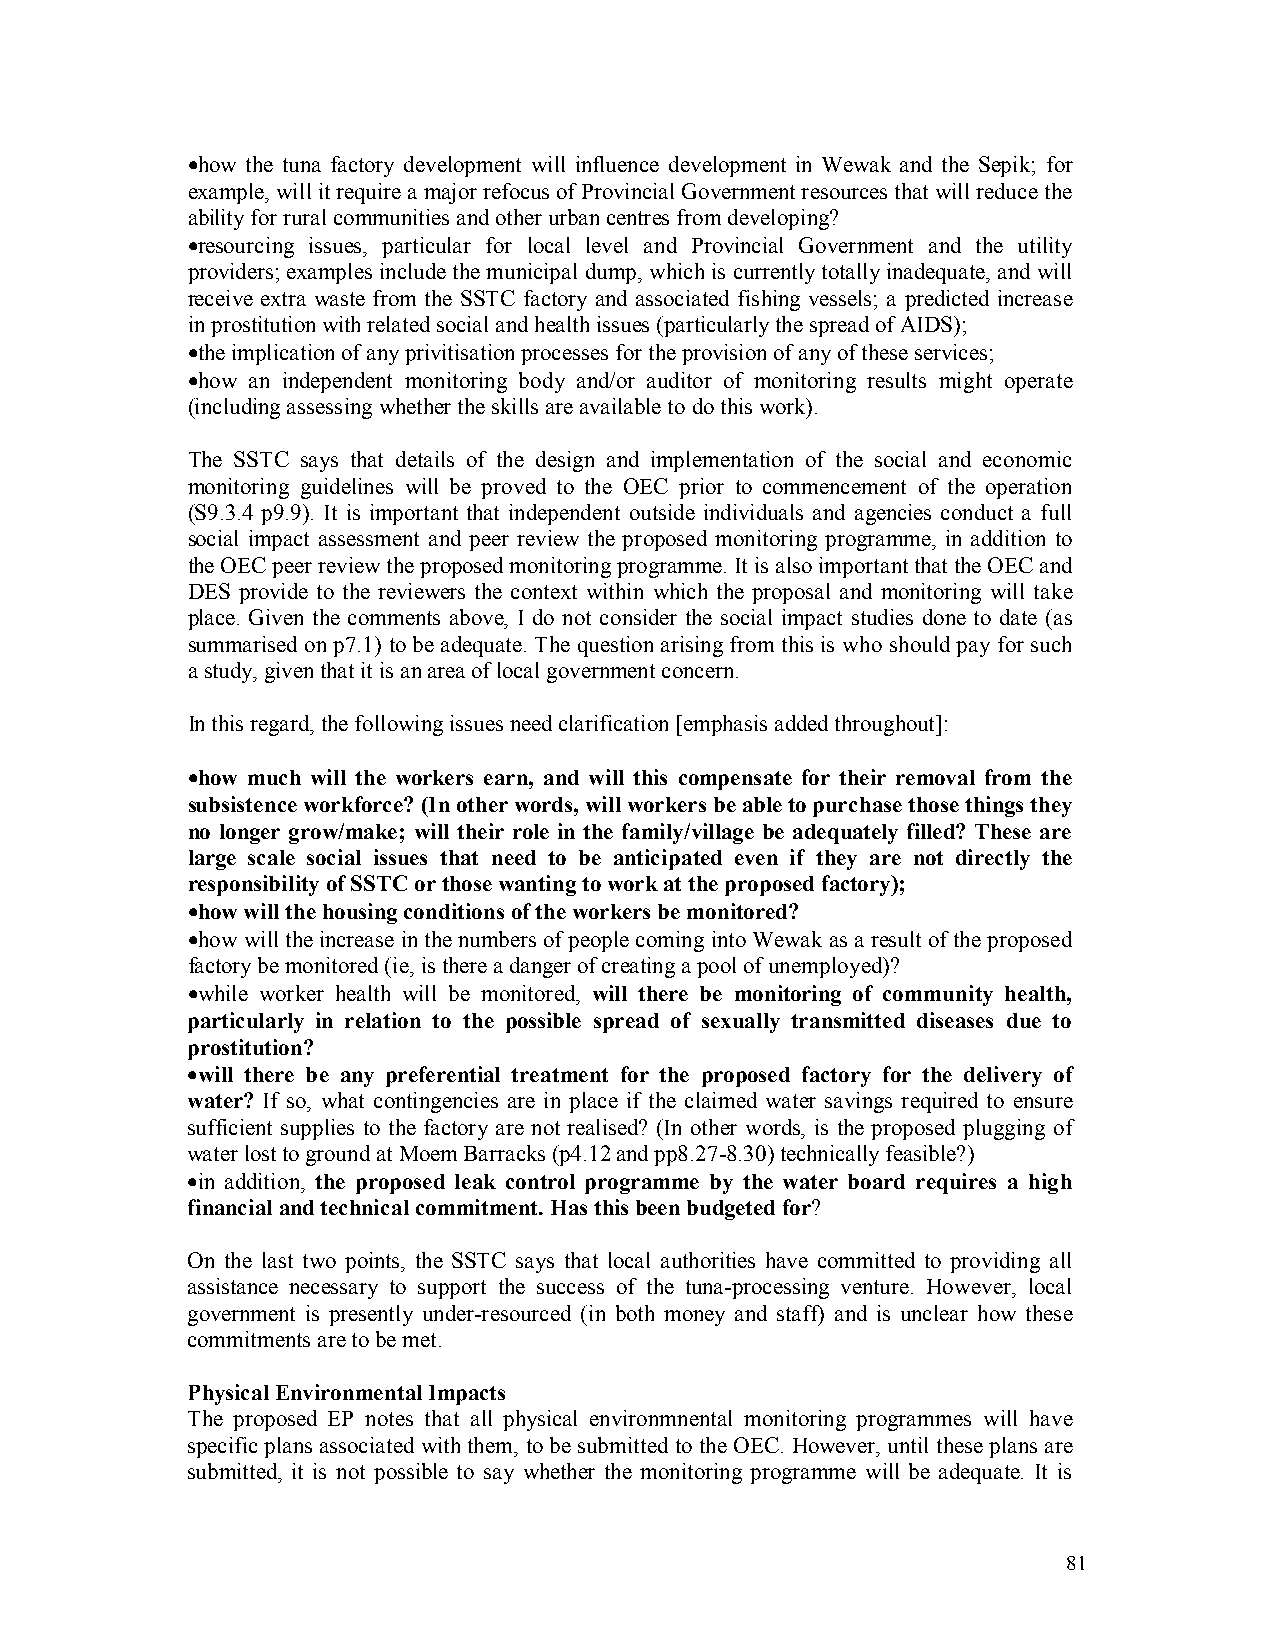
•how the tuna factory development will influence development in Wewak and the Sepik; for
 example, will it require a major refocus of Provincial Government resources that will reduce the
 ability for rural communities and other urban centres from developing?
 •resourcing issues, particular for local level and Provincial Government and the utility
 providers; examples include the municipal dump, which is currently totally inadequate, and will
 receive extra waste from the SSTC factory and associated fishing vessels; a predicted increase
 in prostitution with related social and health issues (particularly the spread of AIDS);
 •the implication of any privitisation processes for the provision of any of these services;
 •how an independent monitoring body and/or auditor of monitoring results might operate
 (including assessing whether the skills are available to do this work).
 The SSTC says that details of the design and implementation of the social and economic
 monitoring guidelines will be proved to the OEC prior to commencement of the operation
 (S9.3.4 p9.9). It is important that independent outside individuals and agencies conduct a full
 social impact assessment and peer review the proposed monitoring programme, in addition to
 the OEC peer review the proposed monitoring programme. It is also important that the OEC and
 DES provide to the reviewers the context within which the proposal and monitoring will take
 place. Given the comments above, I do not consider the social impact studies done to date (as
 summarised on p7.1) to be adequate. The question arising from this is who should pay for such
 a study, given that it is an area of local government concern.
 In this regard, the following issues need clarification [emphasis added throughout]:
 •how much will the workers earn, and will this compensate for their removal from the
 subsistence workforce? (In other words, will workers be able to purchase those things they
 no longer grow/make; will their role in the family/village be adequately filled? These are
 large scale social issues that need to be anticipated even if they are not directly the
 responsibility of SSTC or those wanting to work at the proposed factory);
 •how will the housing conditions of the workers be monitored?
 •how will the increase in the numbers of people coming into Wewak as a result of the proposed
 factory be monitored (ie, is there a danger of creating a pool of unemployed)?
 •while worker health will be monitored, will there be monitoring of community health,
 particularly in relation to the possible spread of sexually transmitted diseases due to
 prostitution?
 •will there be any preferential treatment for the proposed factory for the delivery of
 water? If so, what contingencies are in place if the claimed water savings required to ensure
 sufficient supplies to the factory are not realised? (In other words, is the proposed plugging of
 water lost to ground at Moem Barracks (p4.12 and pp8.27-8.30) technically feasible?)
 •in addition, the proposed leak control programme by the water board requires a high
 financial and technical commitment. Has this been budgeted for?
 On the last two points, the SSTC says that local authorities have committed to providing all
 assistance necessary to support the success of the tuna-processing venture. However, local
 government is presently under-resourced (in both money and staff) and is unclear how these
 commitments are to be met.
 Physical Environmental Impacts
 The proposed EP notes that all physical environmnental monitoring programmes will have
 specific plans associated with them, to be submitted to the OEC. However, until these plans are
 submitted, it is not possible to say whether the monitoring programme will be adequate. It is
 81